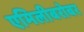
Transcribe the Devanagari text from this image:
एमिलीबरोबर